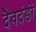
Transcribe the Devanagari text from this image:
दैवदंडों